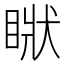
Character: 𥇺